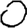
Digit: 0